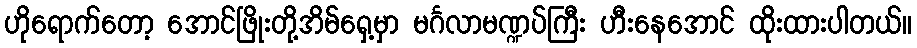
ဟိုရောက်တော့ အောင်ဖြိုးတို့အိမ်ရှေ့မှာ မင်္ဂလာမဏ္ဍပ်ကြီး ဟီးနေအောင် ထိုးထားပါတယ်။